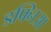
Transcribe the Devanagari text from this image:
डफ्निआ